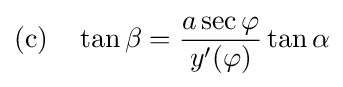
{\text{(c)}}\quad \tan \beta ={\frac {a\sec \varphi }{y'(\varphi )}}\tan \alpha